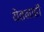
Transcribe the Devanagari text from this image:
येतनाही